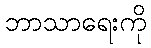
ဘာသာရေးကို